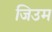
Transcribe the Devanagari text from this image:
जिउम